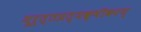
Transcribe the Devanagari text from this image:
मूर्त्तप्रत्यक्षीकरण्